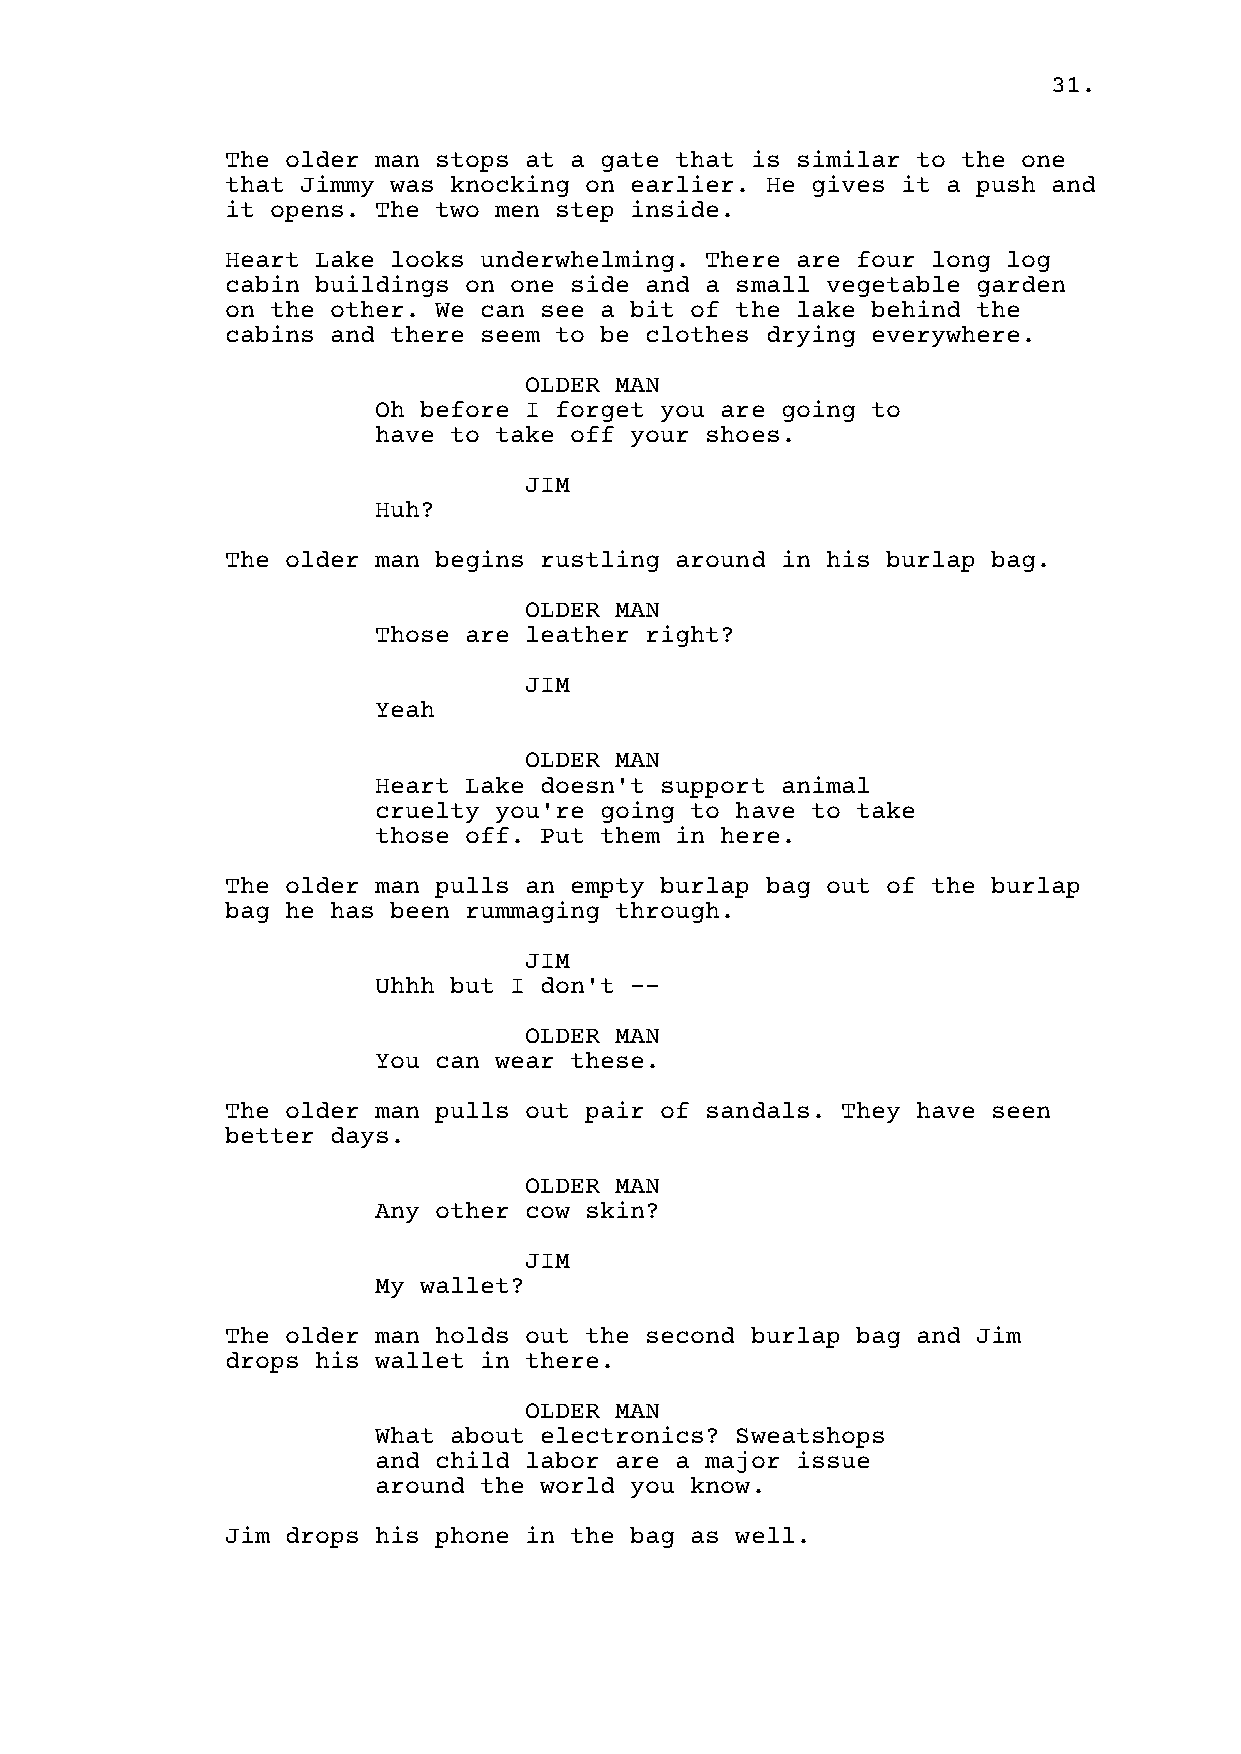
31.
 The older man stops at a gate that is similar to the one
 that Jimmy was knocking on earlier. He gives it a push and
 it opens. The two men step inside.
 Heart Lake looks underwhelming. There are four long log
 cabin buildings on one side and a small vegetable garden
 on the other. We can see a bit of the lake behind the
 cabins and there seem to be clothes drying everywhere.
 OLDER MAN
 Oh before I forget you are going to
 have to take off your shoes.
 JIM
 Huh?
 The older man begins rustling around in his burlap bag.
 OLDER MAN
 Those are leather right?
 JIM
 Yeah
 OLDER MAN
 Heart Lake doesn't support animal
 cruelty you're going to have to take
 those off. Put them in here.
 The older man pulls an empty burlap bag out of the burlap
 bag he has been rummaging through.
 JIM
 Uhhh but I don't --
 OLDER MAN
 You can wear these.
 The older man pulls out pair of sandals. They have seen
 better days.
 OLDER MAN
 Any other cow skin?
 JIM
 My wallet?
 The older man holds out the second burlap bag and Jim
 drops his wallet in there.
 OLDER MAN
 What about electronics? Sweatshops
 and child labor are a major issue
 around the world you know.
 Jim drops his phone in the bag as well.